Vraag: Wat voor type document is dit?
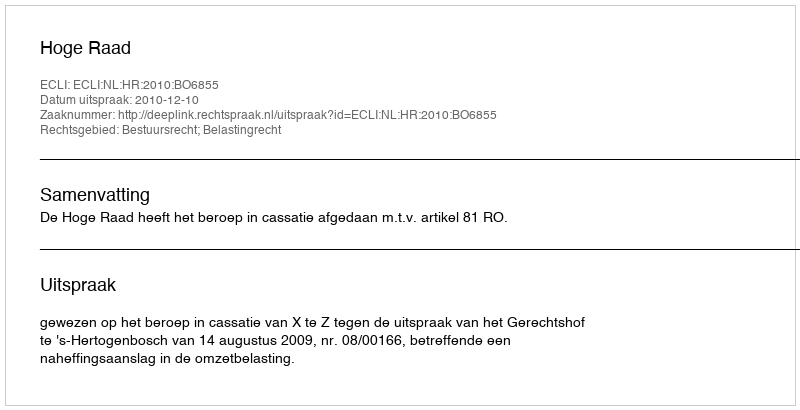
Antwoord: Uitspraak